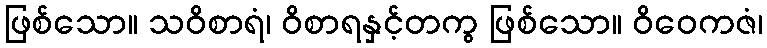
ဖြစ်သော။ သဝိစာရံ၊ ဝိစာရနှင့်တကွ ဖြစ်သော။ ဝိဝေကဇံ၊